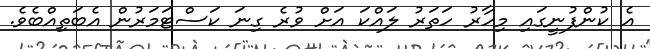
އެ ކުންފުނީގައި މިހާރު ހަތަރު ލައްކަ އަށް ވުރެ ގިނަ ކަސްޓަމަރުން އެބަތިއްބެވެ.